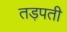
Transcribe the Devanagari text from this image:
तड़पती